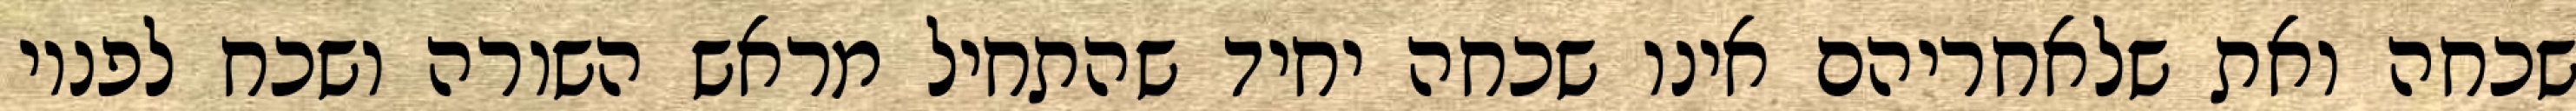
שכחה ואת שלאחריהם אינו שכחה יחיד שהתחיל מראש השורה ושכח לפניו